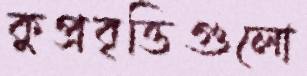
কুপ্রবৃত্তিগুলো